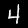
Digit: 4